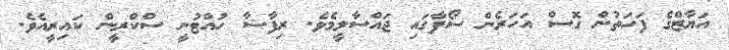
އަޔާޒްގެ ފަހަތުން ގޮސް އަހަރެން ސޯފާގައި ޖައްސާލީމެވެ. ރިފާޝާ ހުއްޓުނީ ސްކްރީން ކައިރީއެވެ.